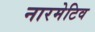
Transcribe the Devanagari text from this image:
नारमेटिव